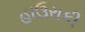
હાઉરાકી